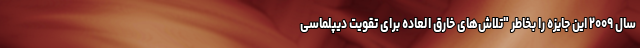
سال ۲۰۰۹ این جایزه را بخاطر "تلاش‌های خارق العاده برای تقویت دیپلماسی